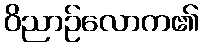
ဝိညာဉ်လောက၏